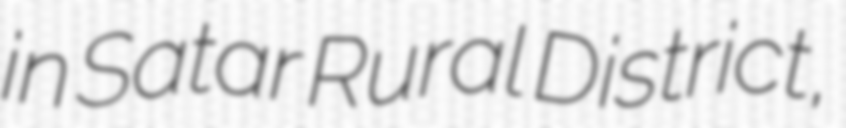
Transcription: in Satar Rural District,